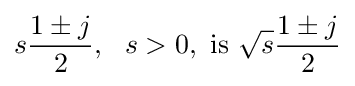
s{\frac {1\pm j}{2}},\ \ s>0,\ {\text{is}}\ {\sqrt {s}}{\frac {1\pm j}{2}}